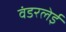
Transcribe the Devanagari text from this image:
वंडरलेई